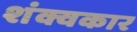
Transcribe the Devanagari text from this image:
शंक्वकार